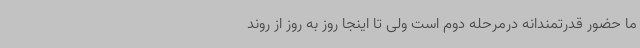
ما حضور قدرتمندانه درمرحله دوم است ولی تا اینجا روز به روز از روند